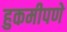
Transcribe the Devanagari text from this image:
हुकमीपणे